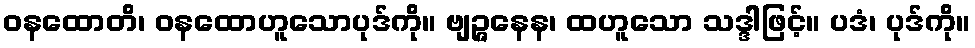
ဝနထောတိ၊ ဝနထောဟူသောပုဒ်ကို။ ဗျဉ္ဇနေန၊ ထဟူသော သဒ္ဒါဖြင့်။ ပဒံ၊ ပုဒ်ကို။